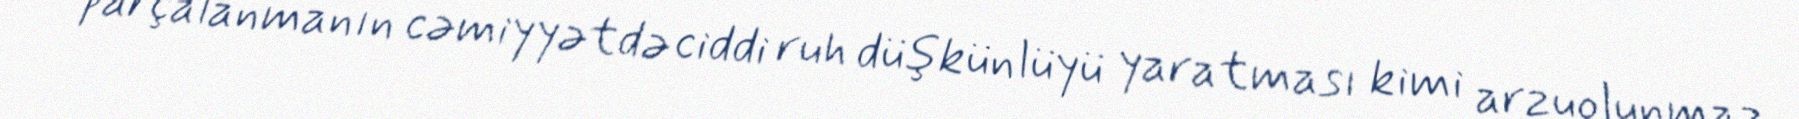
parçalanmanın cəmiyyətdə ciddi ruh düşkünlüyü yaratması kimi arzuolunmaz